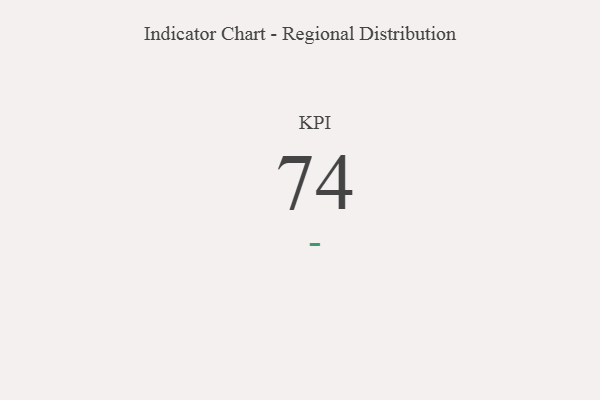
{"axis": {"x": "KPI", "y": "Value"}, "legend": [""], "data": [{"x": "KPI", "y": 74, "type": ""}]}